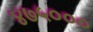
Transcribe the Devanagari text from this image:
४७५०००